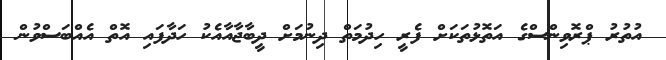
އުތުރު ޕްރޮވިންސްގެ އަތޮޅުތަކަށް ފެރީ ހިދުމަތް ދިނުމަށް ދީބާޖާއާއެކު ހަދާފައި އޮތް އެއްބަސްވުން